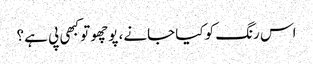
اس رنگ کو کیا جانے، پوچھو تو کبھی پی ہے ؟